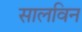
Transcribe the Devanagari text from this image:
सालविन